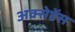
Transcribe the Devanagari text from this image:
अक्सेप्टेंस